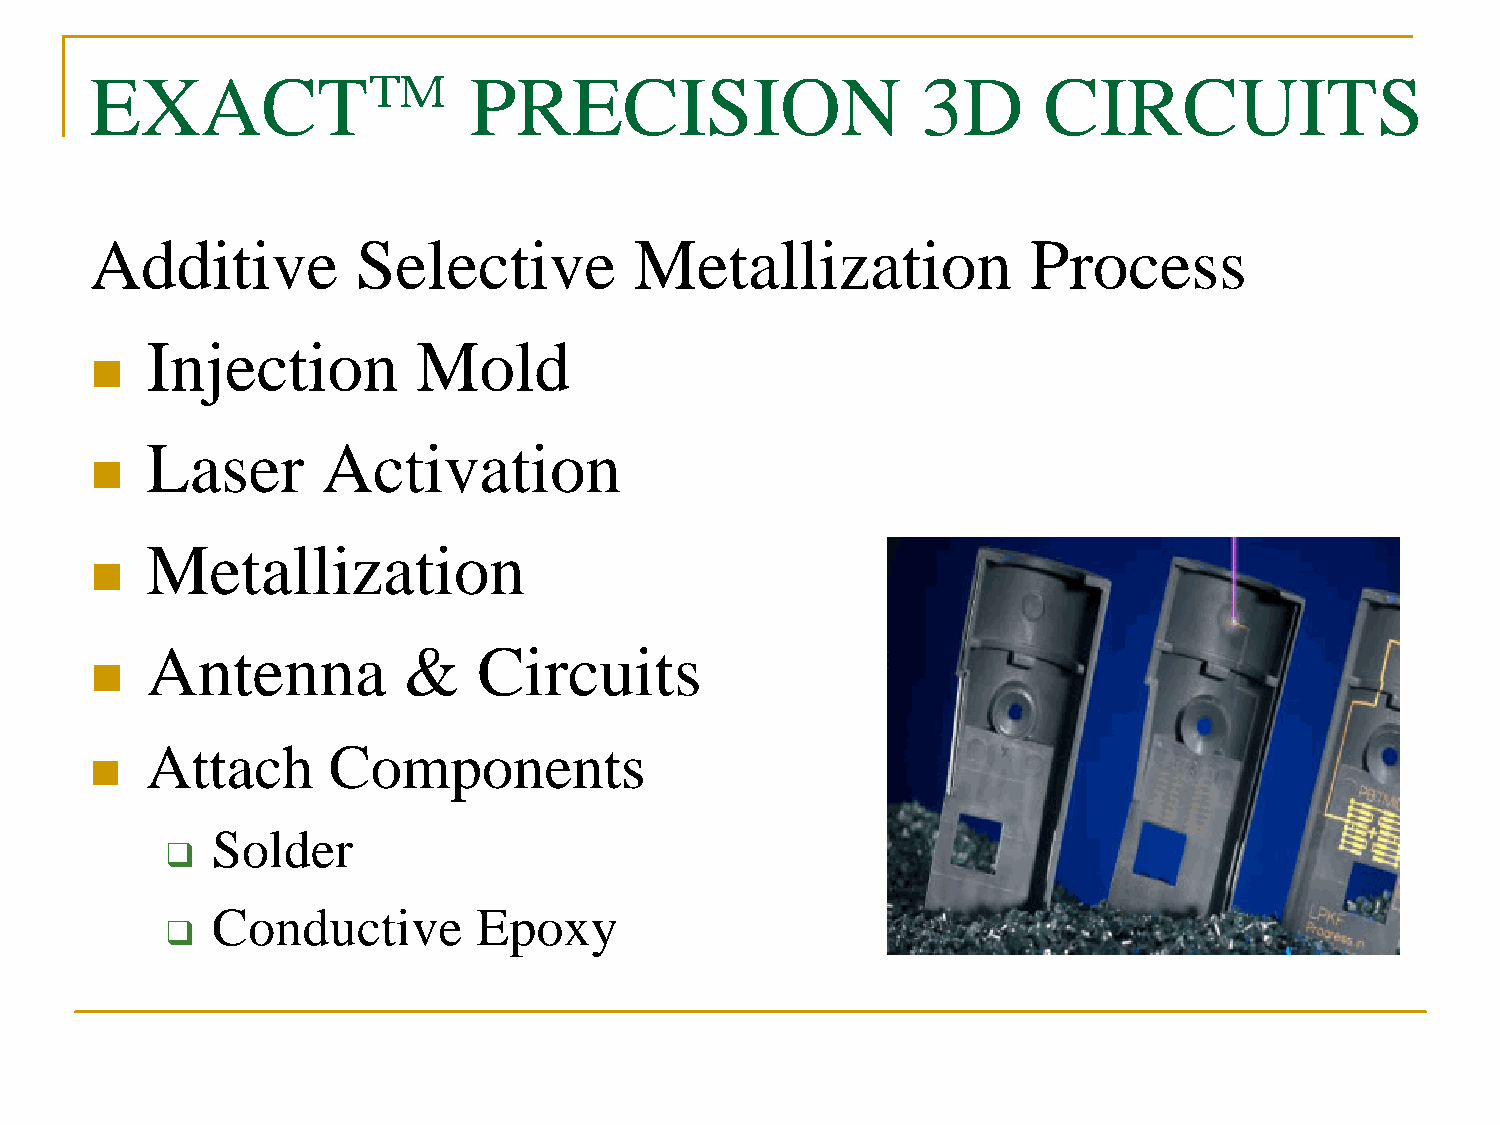
EXACT™                   PRECISION                     3D      CIRCUITS
 Additive          Selective         Metallization             Process
 Injection         Mold
 n
 Laser      Activation
 n
 Metallization
 n
 Antenna          &    Circuits
 n
 Attach      Components
 n
 Solder
 q
 Conductive       Epoxy
 q